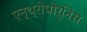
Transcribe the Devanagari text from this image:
एन्थ्रोपोर्निस